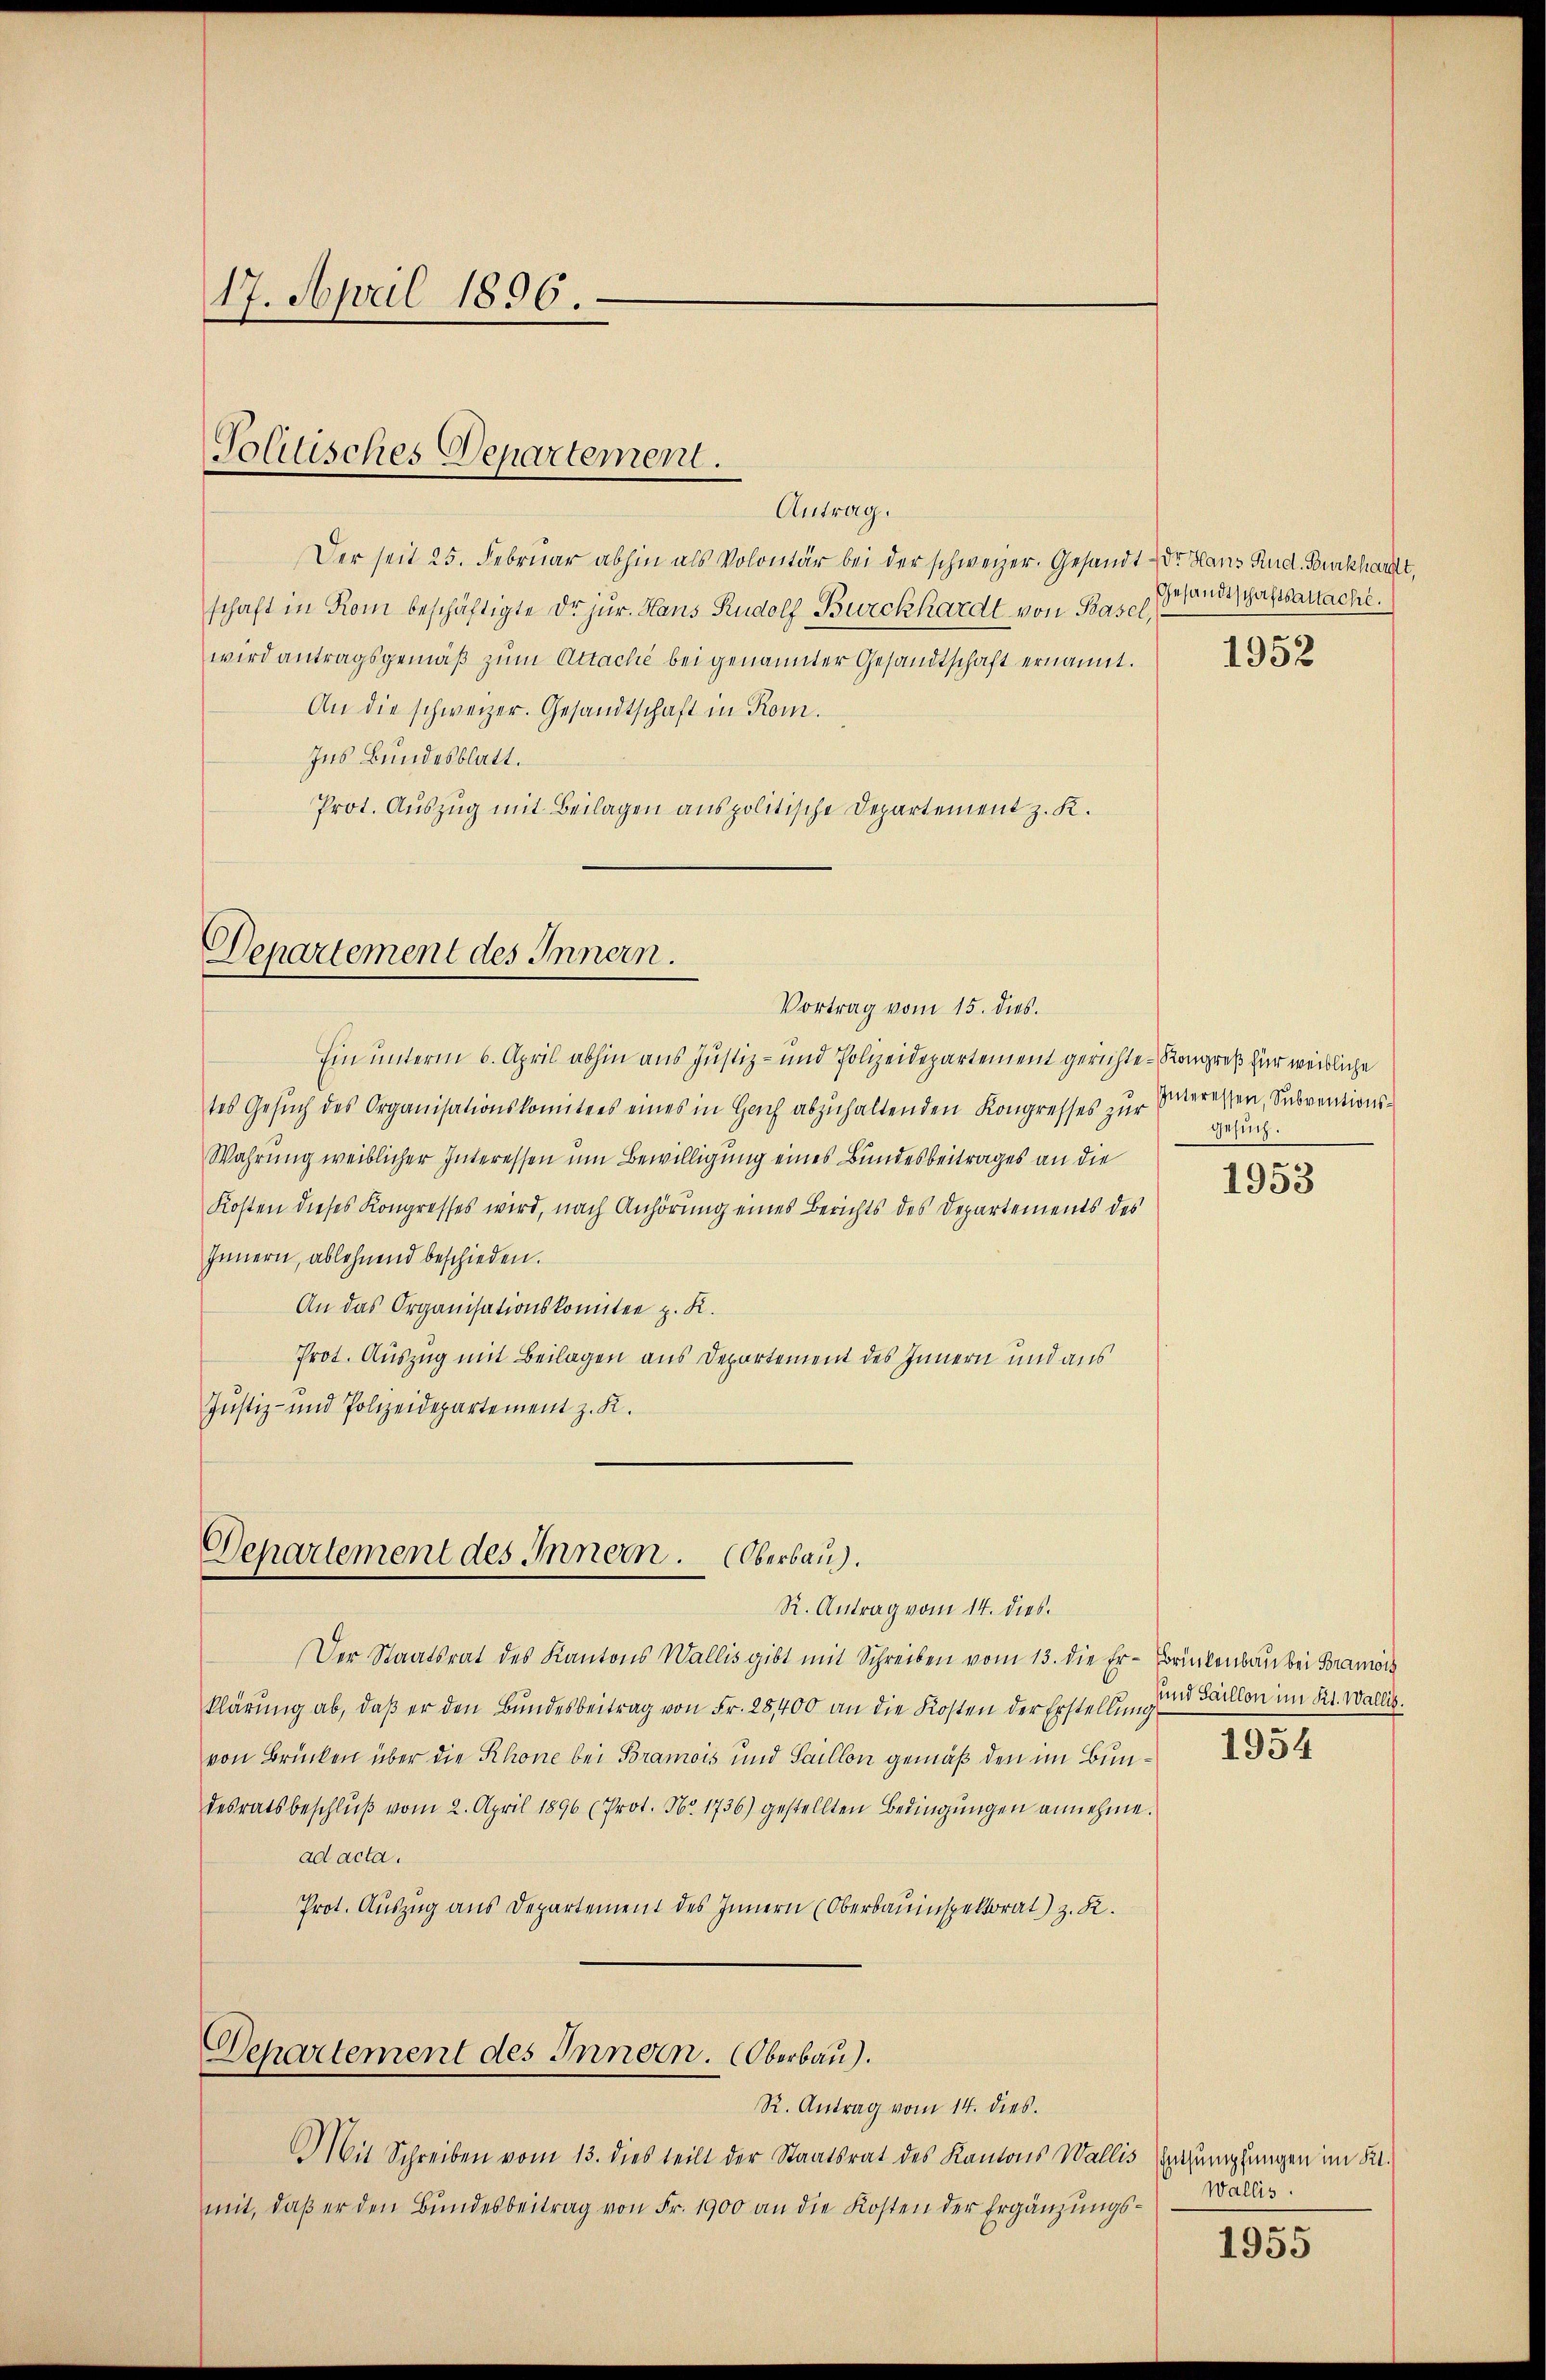
17. April 1896.

Tolitisches Departement.
Antrag.

Der seit 25. Februar abhin als Volontär bei der schweizer. Gesandt der Haus Rud. Burkhardt,
schaft in Rom beschäftigte Dr. jur. Haus Rudolf Burckhardt von Basel,
wird antragsgemäß zum Attaché bei genannter Gesandtschaft ernannt.
An die schweizer. Gesandtschaft in Rom.
Ins Bundesblatt.
Prot. Aŭszŭg mit Beilagen anspolitische Departement z. K.

Departement des Innern.
Vortrag vom 15. dies

Ein unterm 6. April abhin aus Justiz- und Polizeidepartement gerichte-Kongreß für weibliche
tes Gesŭch des Organisationskomitees eines in Hach abzuhaltenden Kongresses zur
Wahrung weiblicher Interessen um Bewilligung eines Bundesbeitrages an die
Kosten dieses Kongresses wird, nach Anhörung eines Berichts des Departements des
Innern, ablehnend beschieden.
An das Organisationskomitee z. K.
Prot. Auszug mit Beilagen aus Departement des Innern und aus
Justiz- und Polizeidepartement z. K.

Departement des Innern. Oberbau.

R. Antrag vom 14. dies
Der Staatsrat des Kantons Wallis gibt mit Schreiben vom 13. die Er - Brückenbau bei Bramorz
klärung ab, daß er den Bundesbeitrag von Fr. 25,400 an die Kosten der Erstellung und Faillon im Kt. Wallis.
von Brücken über die Rhone bei Bramois und Saillon gemäß den im Bundesratsbeschluß vom 2. April 1896 (Prot. No. 1736) gestellten Bedingungen annehme.
ad acta.
Prot. Auszug aus Departement des Innern (Oberbauinspektorat) z. R.

Departement des Innern. Oberbau).
R. Antrag vom 14. dies.

Mit Schreiben vom 13. dies teilt der Staatsrat des Kantons Wallis Entsumpfungen im Kt.
mit, daβ er den Bŭndesbeitrag von Fr. 1900 an die Kosten der Ergänzŭngs-

Gesandtschaftsaltache.

1952

Interessen, Subventions¬
Gesuch.

1953

1954

Wallis.

1955